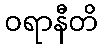
ဝရာနီတိ